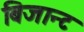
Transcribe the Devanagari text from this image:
बिजान्ट